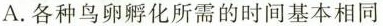
A.各种鸟卵孵化所需的时间基本相同